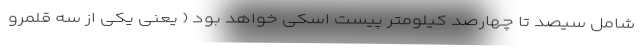
شامل سیصد تا چهارصد کیلومتر پیست اسکی خواهد بود ( یعنی یکی از سه قلمرو